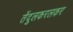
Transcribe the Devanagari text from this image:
तेंदुलकरलकर